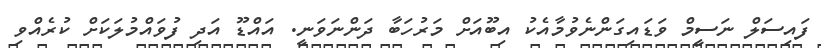
ފައިސަލް ނަސީމް ވަޑައިގަންނެވުމާއެކު އިބޫއަށް މަރުހަބާ ދަންނަވަނީ. އައްޑޫ އަދި ފުވައްމުލަކަށް ކުރެއްވި